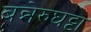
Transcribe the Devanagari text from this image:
बन्नेरुघट्टा